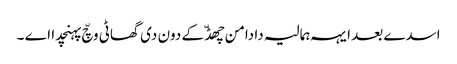
اسدے بعد ایہہ ہمالیہ دا دامن چھڈّ کے دون دی گھاٹی وچّ پہنچدا اے ۔